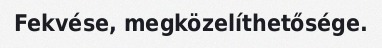
Fekvése, megközelíthetősége.